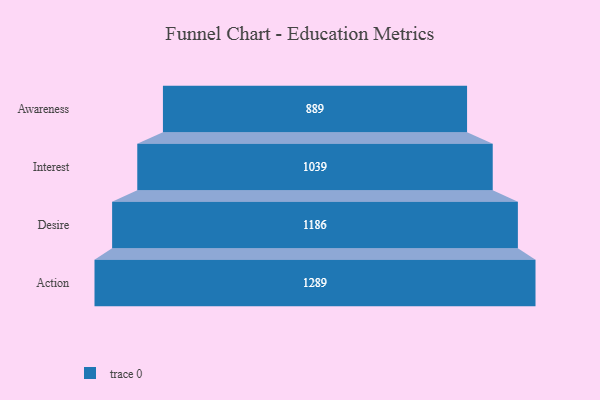
{"axis": {"x": "Stage", "y": "Value"}, "legend": [""], "data": [{"x": "Awareness", "y": 889.0, "type": ""}, {"x": "Interest", "y": 1039.0, "type": ""}, {"x": "Desire", "y": 1186.0, "type": ""}, {"x": "Action", "y": 1289.0, "type": ""}]}